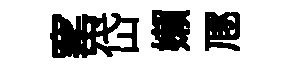
窰岱嬾豗